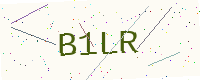
Text: B1LR